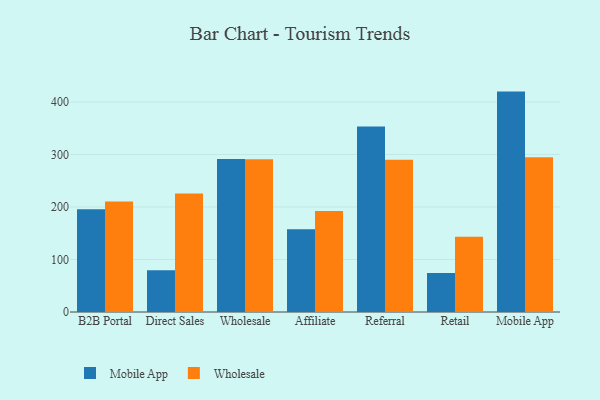
{"axis": {"x": "Channel", "y": "Gross Profit (USD K)"}, "legend": ["Mobile App", "Wholesale"], "data": [{"x": "B2B Portal", "y": 195.7, "type": "Mobile App"}, {"x": "B2B Portal", "y": 210.7, "type": "Wholesale"}, {"x": "Direct Sales", "y": 79.4, "type": "Mobile App"}, {"x": "Direct Sales", "y": 225.6, "type": "Wholesale"}, {"x": "Wholesale", "y": 291.3, "type": "Mobile App"}, {"x": "Wholesale", "y": 290.9, "type": "Wholesale"}, {"x": "Affiliate", "y": 157.5, "type": "Mobile App"}, {"x": "Affiliate", "y": 192.3, "type": "Wholesale"}, {"x": "Referral", "y": 353.2, "type": "Mobile App"}, {"x": "Referral", "y": 290.2, "type": "Wholesale"}, {"x": "Retail", "y": 74.3, "type": "Mobile App"}, {"x": "Retail", "y": 143.1, "type": "Wholesale"}, {"x": "Mobile App", "y": 419.8, "type": "Mobile App"}, {"x": "Mobile App", "y": 294.9, "type": "Wholesale"}]}